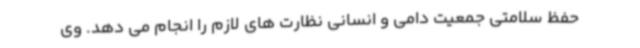
حفظ سلامتی جمعیت دامی و انسانی نظارت های لازم را انجام می دهد. وی